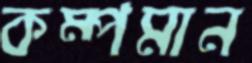
কম্পমান